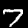
Label: 7